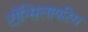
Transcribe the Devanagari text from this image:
टॉन्सिलायटिस